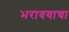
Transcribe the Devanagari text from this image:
भरावयाचा